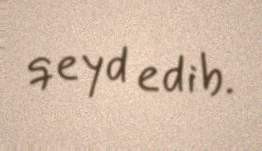
qeyd edib.